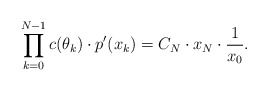
\begin{align*}\prod \limits_{k=0}^{N-1} c(\theta_k) \cdot p'(x_k) = C_N \cdot x_N \cdot \frac1{x_0}.\end{align*}